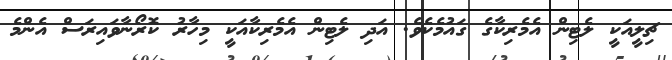
ޗިލީއަކީ ލެޓިން އެމެރިކާގެ ގައުމެކެވެ. އަދި ލެޓިން އެމެރިކާއަކީ މިހާރު ކޮރޯނާވައިރަސް އެންމެ